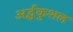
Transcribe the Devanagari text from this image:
अर्द्धकुशल